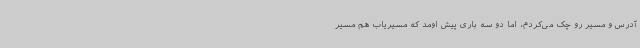
آدرس و مسیر رو چک می‌کردم، اما دو سه باری پیش اومد که مسیریاب هم مسیر